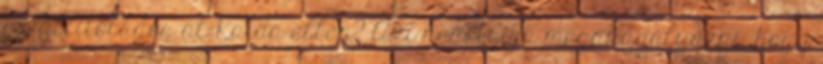
az állítólagos al-Kaida ellen? Aki nem tudja megakadályozni, hogy